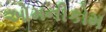
ઓમનીકોમ